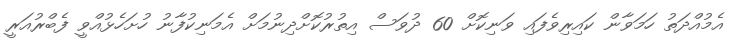
އެމުއްދަތު ހަމަވާން ކައިރިވެފައި ވަނިކޮށް 60 ދުވަސް އިތުރުކޮށްދިނުމަށް އެމަނިކުފާނު ހުށަހެޅުއްވީ ފެބްރުއަރީ